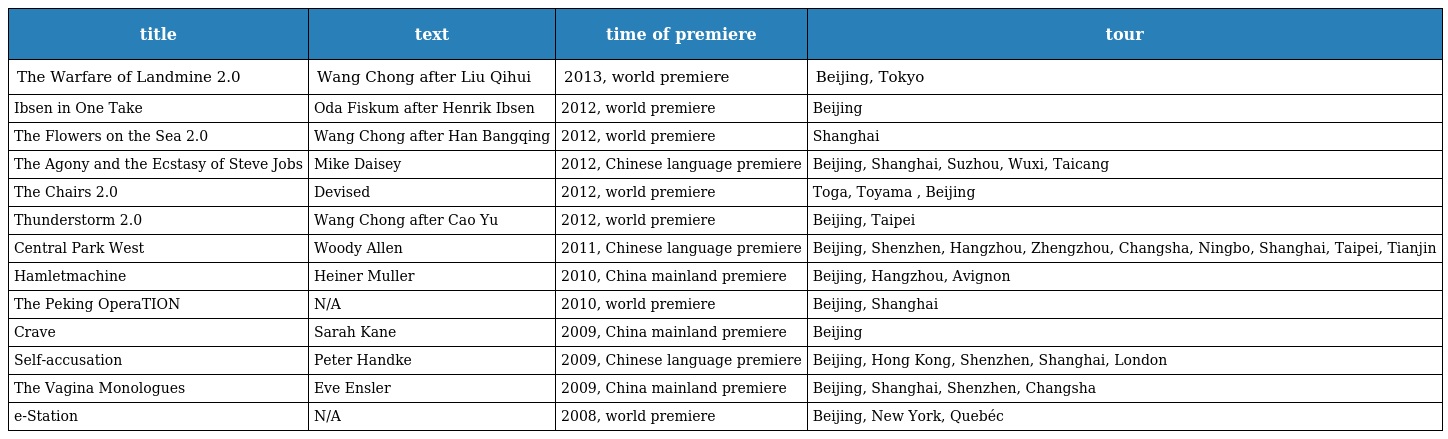
| title | text | time of premiere | tour |
 | --- | --- | --- | --- |
 | The Warfare of Landmine 2.0 | Wang Chong after Liu Qihui | 2013, world premiere | Beijing, Tokyo |
 | Ibsen in One Take | Oda Fiskum after Henrik Ibsen | 2012, world premiere | Beijing |
 | The Flowers on the Sea 2.0 | Wang Chong after Han Bangqing | 2012, world premiere | Shanghai |
 | The Agony and the Ecstasy of Steve Jobs | Mike Daisey | 2012, Chinese language premiere | Beijing, Shanghai, Suzhou, Wuxi, Taicang |
 | The Chairs 2.0 | Devised | 2012, world premiere | Toga, Toyama , Beijing |
 | Thunderstorm 2.0 | Wang Chong after Cao Yu | 2012, world premiere | Beijing, Taipei |
 | Central Park West | Woody Allen | 2011, Chinese language premiere | Beijing, Shenzhen, Hangzhou, Zhengzhou, Changsha, Ningbo, Shanghai, Taipei, Tianjin |
 | Hamletmachine | Heiner Muller | 2010, China mainland premiere | Beijing, Hangzhou, Avignon |
 | The Peking OperaTION | N/A | 2010, world premiere | Beijing, Shanghai |
 | Crave | Sarah Kane | 2009, China mainland premiere | Beijing |
 | Self-accusation | Peter Handke | 2009, Chinese language premiere | Beijing, Hong Kong, Shenzhen, Shanghai, London |
 | The Vagina Monologues | Eve Ensler | 2009, China mainland premiere | Beijing, Shanghai, Shenzhen, Changsha |
 | e-Station | N/A | 2008, world premiere | Beijing, New York, Quebéc |